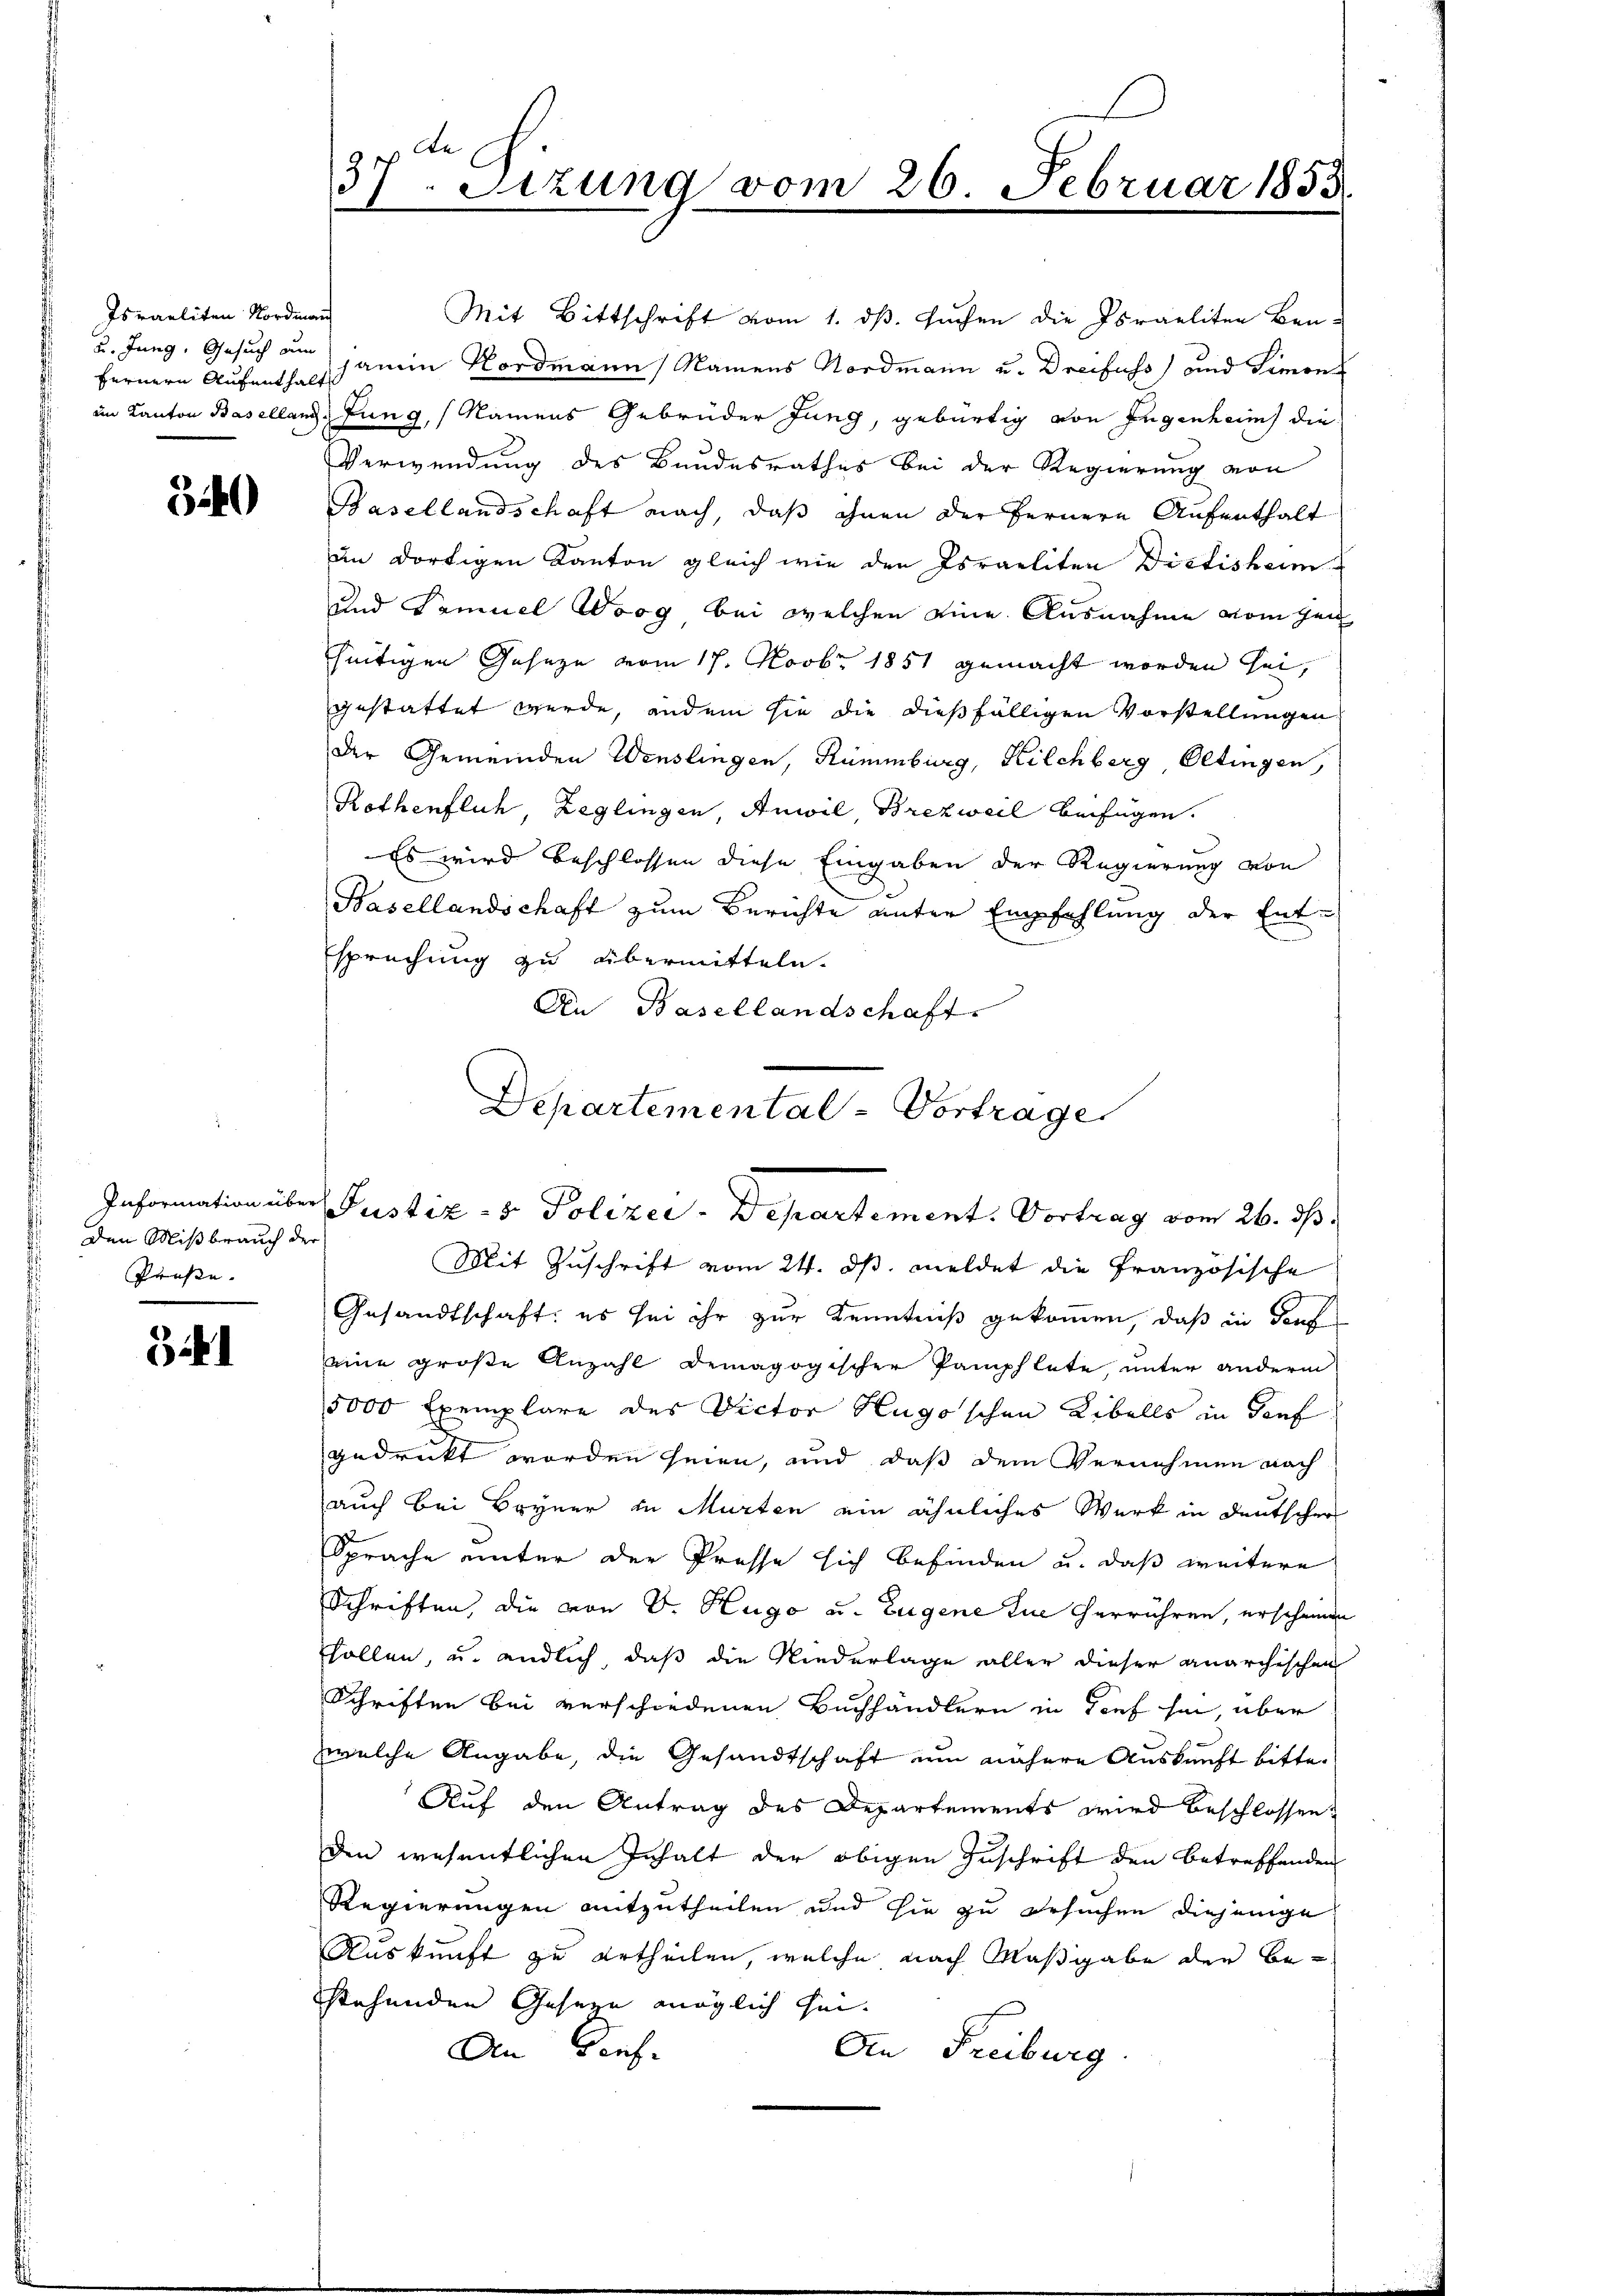
Israeliten Nordmann
u. Jung, Gesuch am
fernern Aufenthalt

3

Den Mißbrauch der
Presse. |

31

91 de
31 Sizung vom 26. Februar 1853.

Mit Bittschrift vom 1. ds. suchen die Israeliten Benhanen Nordmann, Namens Nordmann u. Dreifuss) und Simon
im Kanton Baselland Jung, Namens Gebrüder Jung, gebürtig von Eugenheim die
Verwendung des Bundesrathes bei der Regierung von
Basellandschaft nach, daß ihnen der fernere Aufenthalt
im dortigen Kanton gleich wie den Israeliten Dietisham
und Samuel Woog bei welchen eine Ausnahme vom Hei
seitigen Geseze vom 17. Novbr. 1851 gemacht worden sei,
gestattet wurde, andem sie die dießfälligen Vorstellungen
der Gemeinden Wenslingen, Kümmburg, Kilchberg Oltingen,
Rothenflich, Zeglingen, Anwil, Brezweil beifügen.
Es wird beschlossen diese Eingaben der Regierung von
Basellandschaft zum Berichte unter Empfehlung der Ent-
Esprechung zu übermitteln.
An Basellandschaft.
Mit Zuschrift vom 24. ds. meldet die Französische
Gesandtschaft, es sei ihr zur Kenntniß gekommen, daß in denk
eine große Anzahl demagogischer Pamphlete, unter anderm
5000 Exemplare des Victor Hugo'schen Liballs in Genf
gedruckt worden seien, und daß dem Vernehmen nach
auch bei Bryner in Murten ein ähnliches Werk in Deutscher
Sprache unter der Presse sich befinden u. daß weitere
Schriften, die von V. Hugo u. Eugene Zue herrühren, erscheinen
Esollen, u. endlich, daß die Niederlage aller dieser anarchischen
Schriften bei verschiedenen Buchhändlern in Tief hin, über
welche Angabe, die Gesandtschaft um nähere Auskunft bitte.
Auf den Antrag des Departements wird beschlossen,
den wesentlichen Inhalt der obigen Zuschrift den betreffenden
Regierungen mitzutheilen und sie zu ersuchen diejenige
Auskunft zu urtheilen, welche nach Maßgabe der Be-
stehenden Geseyn möglich sei.
An Kauf-
An Freiburg

Departemental - Vortrage
Information über Justiz- & Polizei-Departement. Vortrag vom 26. ds.